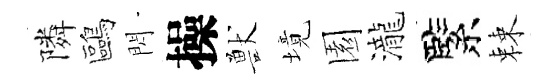
隣鷗閃操獸境園瀧緊棘